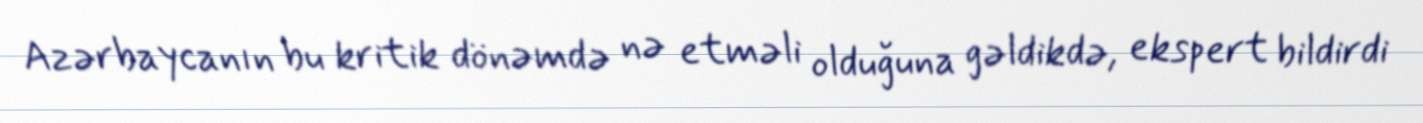
Azərbaycanın bu kritik dönəmdə nə etməli olduğuna gəldikdə, ekspert bildirdi